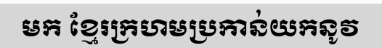
មក ខ្មែរក្រហមប្រកាន់យកនូវ